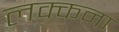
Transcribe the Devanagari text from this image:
लक्कना